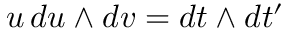
u \, d u \wedge d v = d t \wedge d t ^ { \prime }